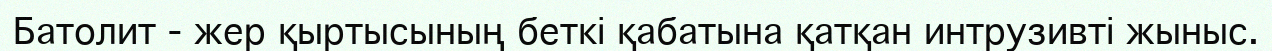
Батолит - жер қыртысының беткі қабатына қатқан интрузивті жыныс.